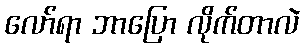
လော်ရာ ဘာပြော လိုက်တာလဲ